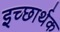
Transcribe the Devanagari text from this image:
इच्छार्थक